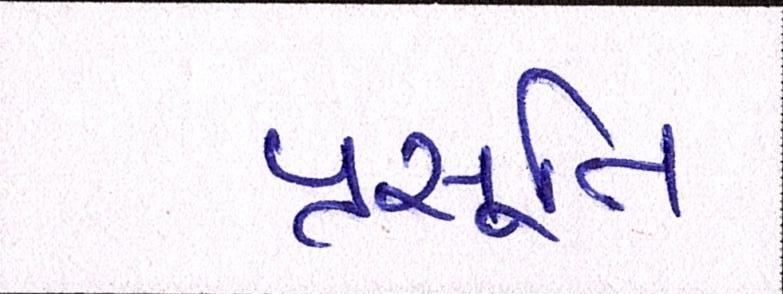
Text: પ્રસૂતિ